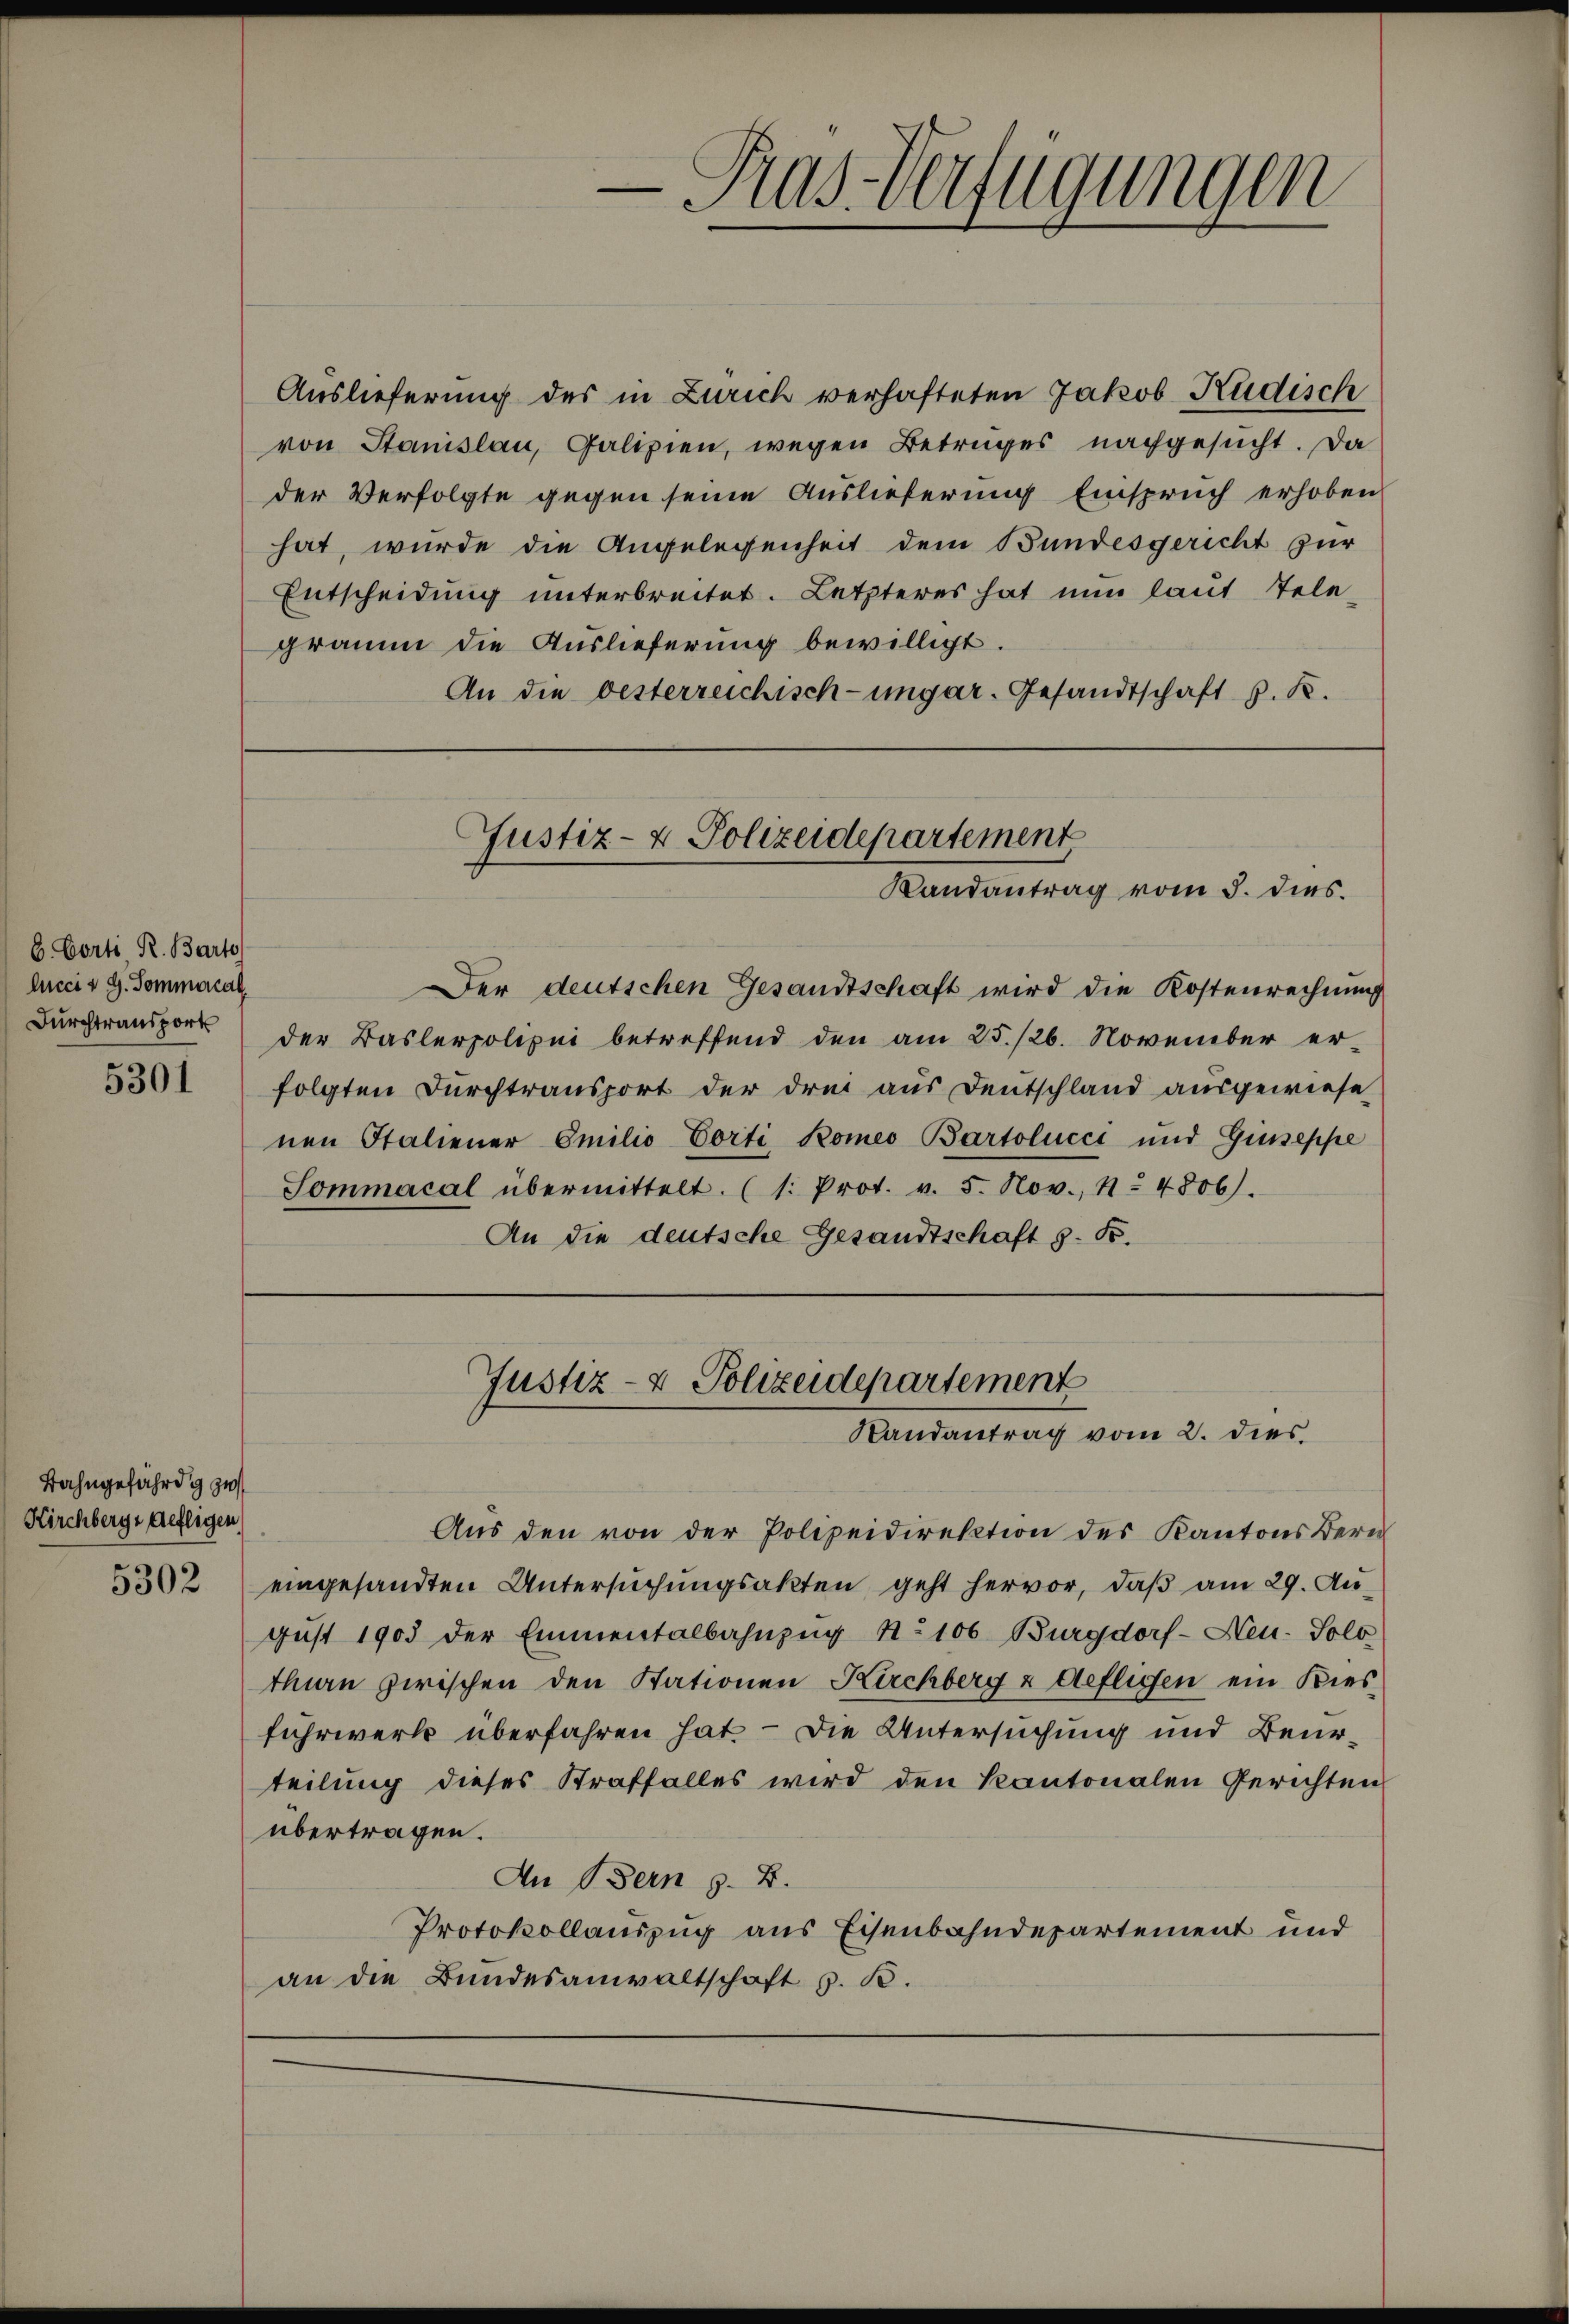
C. Porti R. Barto
lucci v G. Sommercal
5301

Bahngefährde zu
Kirchbergs gefligen,
5302

Auslieferung des in Zürich verhafteten Jakob Küdisch
von Stanislau, Palizien, wegen Betruges nachgesucht. Da
der Verfolgte gegen seine Auslieferung Einspruch erhoben
hat, wurde die Angelegenheit dem Bundesgericht zur
Entscheidŭng ŭnterbreitet. Letzteres hat nun laut Tele-
gramm die Auslieferung bewilligt.
An die besterreichisch-ungar. Gesandtschaft z. R.

Der deutschen Gesandtschaft wird die Kostenrechnung
Durchtransport der Baslerpolizei betreffend den am 25. 126. November er-
folgten Durchtransport der drei aus Deutschland aŭsgewiese
nen Italiener Emilio Porti Komeo Bartolucci und Giuseppe
Sommacal übermittelt. (s. Prot. v. 5. Nov. 1. 4806).
An die deutsche Gesandtschaft z. B.

Pas-Verfügungen

Justiz- & Polizeidepartement
Randantrag vom 5. dies.

Justiz- & Polizeidepartement
Randantrag vom 2. dies

Aus den von der Polizeidirektion des Kantons Bern
eingesandten Untersuchungsakten geht hervor, daß am 29. August 1903 der Emmentalbahnzug No 106 Burgdorf- Neu-Solo
thin zwischen den Stationen Kirchberg & Geflichen ein Kiesfuhrwerk überfahren hat. – Die Untersuchung und Beurteilung dieses Straffalles wird den Kantonalen Gerichten
übertragen.
An Bern z. B.
Protokollauszug aus Eisenbahndepartement und
an die Bundesanwaltschaft z. B.